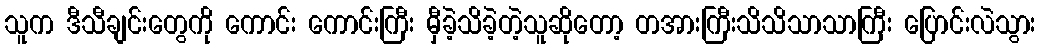
သူက ဒီသီချင်းတွေကို ကောင်း ကောင်းကြီး မှီခဲ့သိခဲ့တဲ့သူဆိုတော့ တအားကြီးသိသိသာသာကြီး ပြောင်းလဲသွား